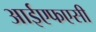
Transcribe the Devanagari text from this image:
आईएफएसी